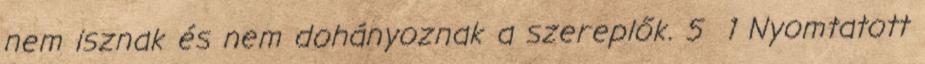
nem isznak és nem dohányoznak a szereplők. 5 1 Nyomtatott